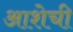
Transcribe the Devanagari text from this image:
आशेची